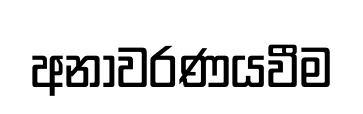
අනාවරණයවීම